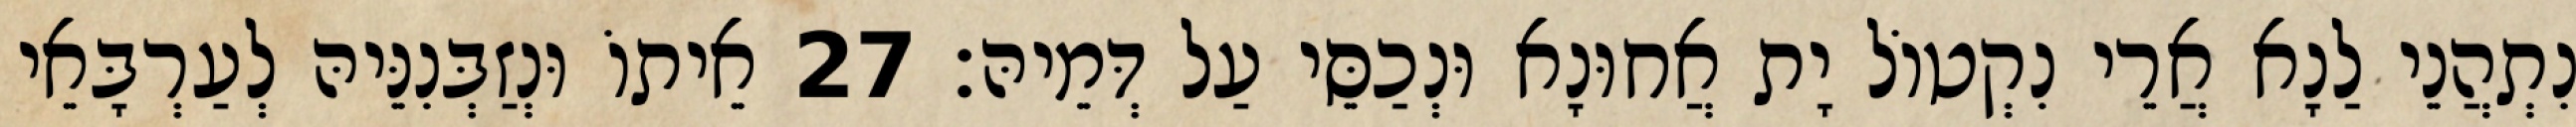
נִתְהֲנֵי לַנָא אֲרֵי נִקְטוֹל יָת אֲחוּנָא וּנְכַסֵּי עַל דְּמֵיהּ׃ 27 אֵיתוֹ וּנְזַבְּנִנֵּיהּ לְעַרְבָּאֵי